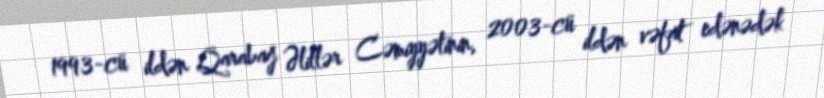
1993-cü ildən Qarabağ Əlillər Cəmiyyətinin, 2003-cü ildən vəfat edənədək